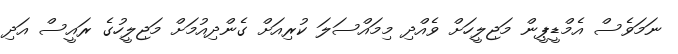
ނަމަވެސް އެމްޑީޕީން މަޖިލީހަށް ވެއްދި މިމައްސަލަ ކުރިއަށް ގެންދިއުމަށް މަޖިލީހުގެ ރައީސް އަދި